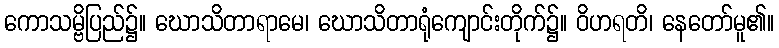
ကောသမ္ဗိပြည်၌။ ဃောသိတာရာမေ၊ ဃောသိတာရုံကျောင်းတိုက်၌။ ဝိဟရတိ၊ နေတော်မူ၏။